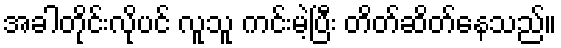
အခါတိုင်းလိုပင် လူသူ ကင်းမဲ့ပြီး တိတ်ဆိတ်နေသည်။